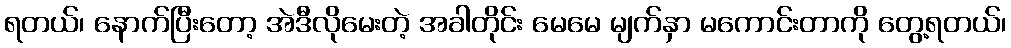
ရတယ်၊ နောက်ပြီးတော့ အဲဒီလိုမေးတဲ့ အခါတိုင်း မေမေ မျက်နှာ မကောင်းတာကို တွေ့ရတယ်၊